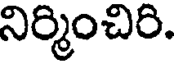
నిర్మించిరి.